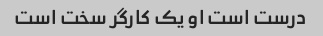
درست است او یک کارگر سخت است